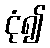
ငုံ၍